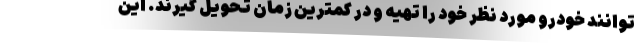
توانند خودرو مورد نظر خود را تهیه و در کمترین زمان تحویل گیرند. این